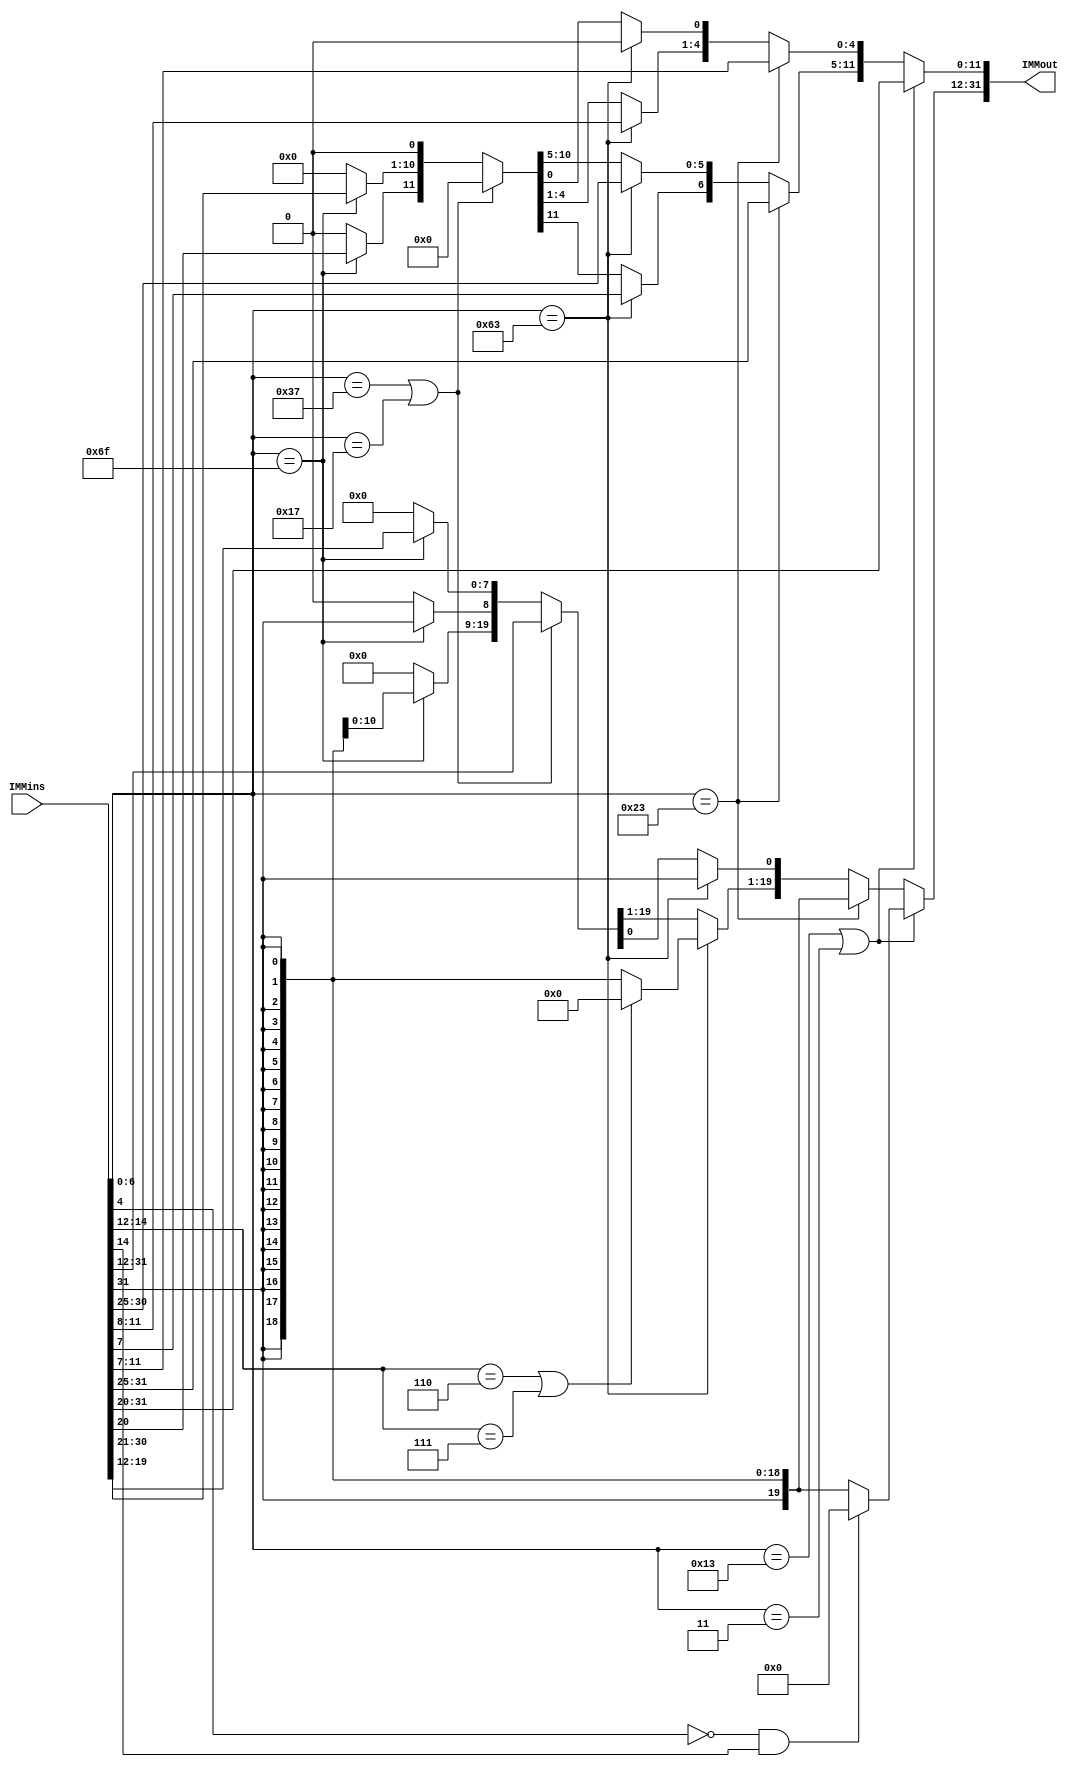
//FUNCIONA
module imm (
  input [31:0] IMMins, 
  output reg [31:0] IMMout
);

always @(IMMins)
begin
    // Imm Tipo I
    if((IMMins[6:0] == 7'b0010011) || (IMMins[6:0] == 7'b0000011)) begin
        IMMout[11:0]  = IMMins[31:20];
        if((IMMins[4] == 1'b0) && (IMMins[14] == 1'b1)) begin
            IMMout[31:12] = 0;
        end
        else begin
            IMMout[31:12] = {20{IMMins[31]}};
        end
    end

    // Imm Tipo S
    else if (IMMins[6:0] == 7'b0100011) begin
        IMMout[4:0] = IMMins[11:7];
        IMMout[11:5] = IMMins[31:25];
        IMMout[31:12] = {20{IMMins[31]}};
    end

    // Imm Tipo B
    else if (IMMins[6:0] == 7'b1100011) begin
        IMMout[12] = IMMins[31];
        IMMout[10:5] = IMMins[30:25];
        IMMout[4:1] = IMMins[11:8];
        IMMout[11] = IMMins[7];
        IMMout[0] = 0;
        if((IMMins[14:12] == 3'b110) || (IMMins[14:12] == 3'b111)) begin
            IMMout[31:13] = 0;
        end
        else begin
            IMMout[31:13] = {19{IMMins[31]}};
        end
    end

    // Imm Tipo U
    else if ((IMMins[6:0] == 7'b0110111) || (IMMins[6:0] == 7'b0010111)) begin
        IMMout[31:12] = IMMins[31:12];
        IMMout[11:0] = 0;
    end

    // Imm Tipo J
    else if (IMMins[6:0] == 7'b1101111) begin
        IMMout[20] = IMMins[31];
        IMMout[10:1] = IMMins[30:21];
        IMMout[11] = IMMins[20];
        IMMout[19:12] = IMMins[19:12];
        IMMout[0] = 0;
        IMMout[31:21] = {11{IMMins[31]}};
    end

    // Default case
    else begin
        IMMout = 32'b0;
    end
end

endmodule